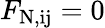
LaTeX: F_{\mathrm{N,ij}}=0